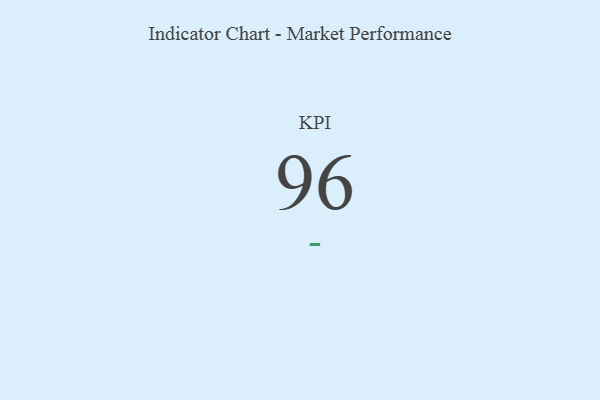
{"axis": {"x": "KPI", "y": "Value"}, "legend": [""], "data": [{"x": "KPI", "y": 96, "type": ""}]}